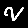
Digit: 2